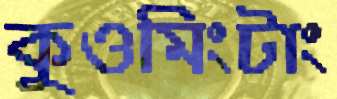
কুওমিংটাং